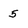
Character: 5